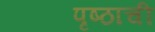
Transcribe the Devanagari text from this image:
पृष्ठाची